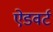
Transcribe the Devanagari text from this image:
ऐडवर्ट